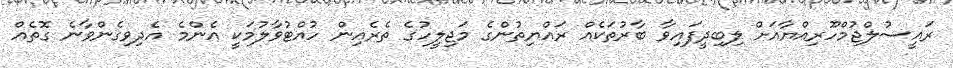
ރައީސުލްޖުމްހޫރިއްޔާއަށް ލިބިދީފައިވާ ބާރުތަކެއް ރައްޔިތުންގެ މަޖިލީހުގެ ތެރެއިން ހުއްޓުވާލުމަކީ އެންމެ އެދިވިގެންވާނެ ގޮތެއް